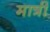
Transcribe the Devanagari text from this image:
मात्री